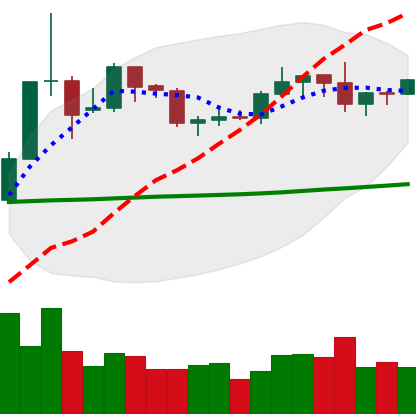
Ticker: XLM-USD
Chart end date: 2019-06-02
Forward return: -7.325%
Label: down_7plus